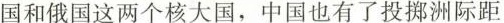
国和俄国这两个核大国，中国也有了投掷洲际距